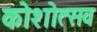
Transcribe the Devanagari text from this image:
कोशोत्सव